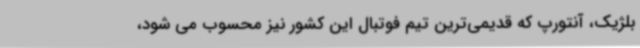
بلژیک، آنتورپ که قدیمی‌ترین تیم فوتبال این کشور نیز محسوب می شود،